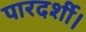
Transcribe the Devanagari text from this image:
पारदर्शी।